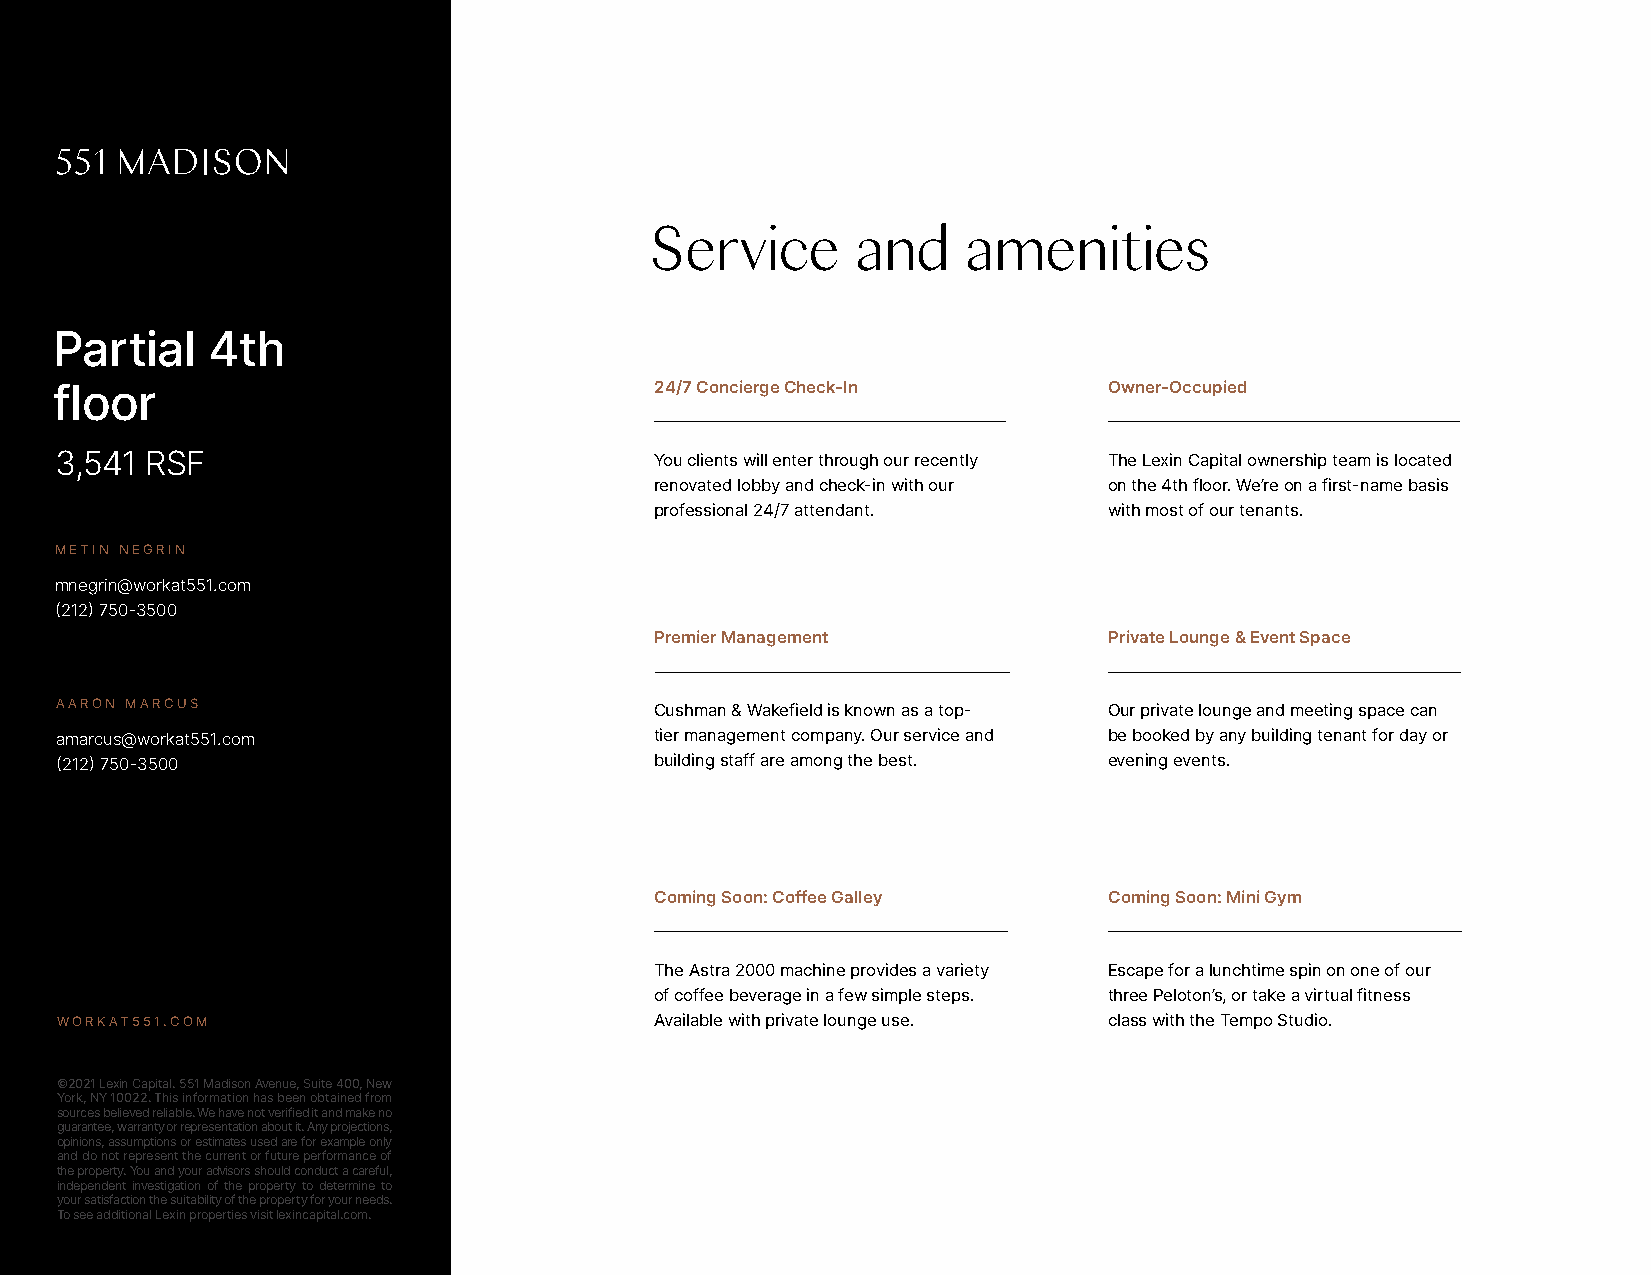
Service      and     amenities
 Partial    4th
 floor                                   24/7 Concierge Check-In       Owner-Occupied
 3,541 RSF                              You clients will enter through our recently The Lexin Capital ownership team is located
 renovated lobby and check-in with our on the 4th floor. We’re on a first-name basis
 professional 24/7 attendant.  with most of our tenants.
 METIN NEGRIN
 mnegrin@workat551.com
 (212) 750-3500
 Premier Management            Private Lounge & Event Space
 AARON MARCUS                           Cushman & Wakefield is known as a top- Our private lounge and meeting space can
 amarcus@workat551.com                  tier management company. Our service and be booked by any building tenant for day or
 (212) 750-3500                         building staff are among the best. evening events.
 Coming Soon: Coffee Galley    Coming Soon: Mini Gym
 The Astra 2000 machine provides a variety Escape for a lunchtime spin on one of our
 of coffee beverage in a few simple steps. three Peloton’s, or take a virtual fitness
 WORKAT551.COM                          Available with private lounge use. class with the Tempo Studio.
 ©2021 Lexin Capital. 551 Madison Avenue, Suite 400, New
 York, NY 10022. This information has been obtained from
 sources believed reliable. We have not verified it and make no
 guarantee, warranty or representation about it. Any projections,
 opinions, assumptions or estimates used are for example only
 and do not represent the current or future performance of
 the property. You and your advisors should conduct a careful,
 independent investigation of the property to determine to
 your satisfaction the suitability of the property for your needs.
 To see additional Lexin properties visit lexincapital.com.